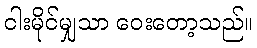
ငါးမိုင်မျှသာ ဝေးတော့သည်။